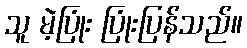
သူ မဲ့ပြုံး ပြုံးပြန်သည်။